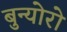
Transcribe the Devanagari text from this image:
बुन्योरो